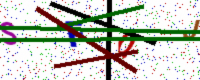
Text: SFQJ